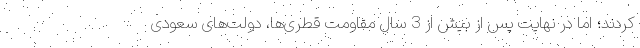
کردند؛ اما در نهایت پس از بیش از 3 سال مقاومت قطری‌ها، دولت‌های سعودی